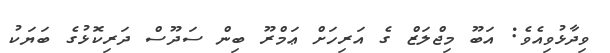
ވިދާޅުވިއެވެ: އަބޫ މިޖްލަޒް ގެ އަރިހަށް ޢަމްރޫ ބިން ސަދޫސް ދަރިކޮޅުގެ ބަޔަކު